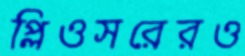
প্লিওসরেরও